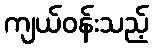
ကျယ်ဝန်းသည့်